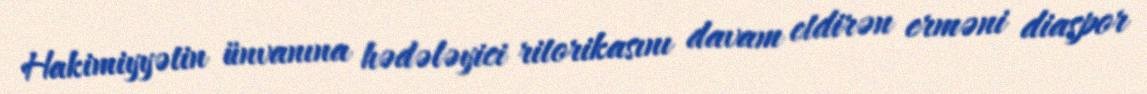
Hakimiyyətin ünvanına hədələyici ritorikasını davam etdirən erməni diaspor